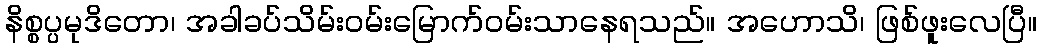
နိစ္စပ္ပမုဒိတော၊ အခါခပ်သိမ်းဝမ်းမြောက်ဝမ်းသာနေရသည်။ အဟောသိ၊ ဖြစ်ဖူးလေပြီ။